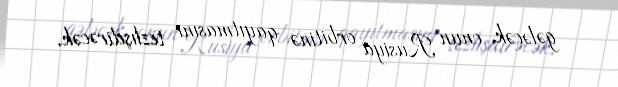
gələcək, onun Rusiya orbitinə qayıtmasını tezlışdirəcək.